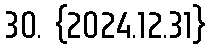
30. {2024.12.31}